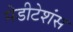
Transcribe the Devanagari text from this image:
मेडीटेशंस